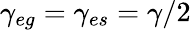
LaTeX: \gamma_{eg}=\gamma_{es}=\gamma/2